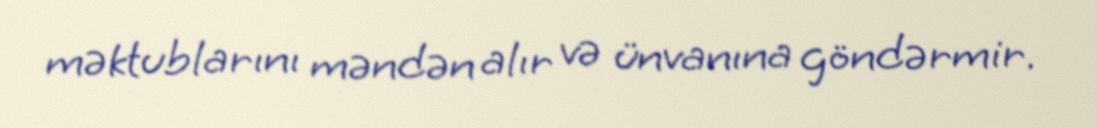
məktublarını məndən alır və ünvanına göndərmir.